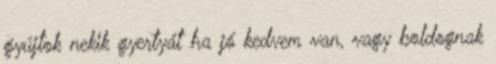
gyújtok nekik gyertyát ha jó kedvem van, vagy boldognak